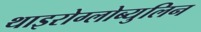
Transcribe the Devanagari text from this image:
थाइरोग्लोब्युलिन